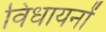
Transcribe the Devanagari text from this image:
विधायनों